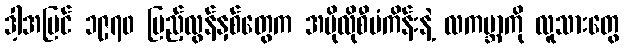
ဒါ့အပြင် ၁၉၇၀ ပြည့်လွန်နှစ်တွေက အပိုလိုစီမံကိန်းနဲ့ လကမ္ဘာကို လူသားတွေ